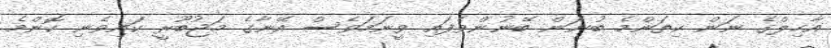
އާހިލްގެ ނަން ކިތަންމެ ބުނަން ބޭނުންވެފައި ވީނަމަވެސް އޭނާގެ މަޖުބޫރީ ކައިވެނި ކޮންމެ